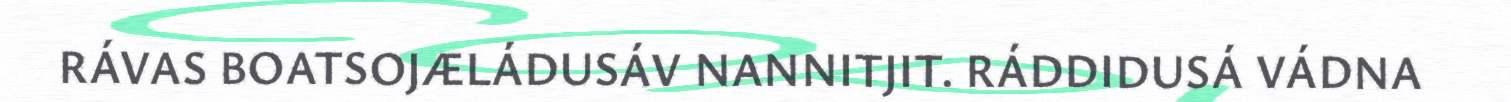
RÁVAS BOATSOJÆLÁDUSÁV NANNITJIT. RÁDDIDUSÁ VÁDNA